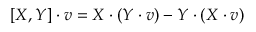
[ X , Y ] \cdot v = X \cdot ( Y \cdot v ) - Y \cdot ( X \cdot v )